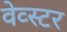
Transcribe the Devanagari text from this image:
वेव्स्टर